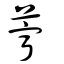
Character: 薴